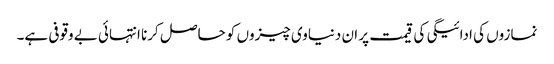
نمازوں کی ادائیگی کی قیمت پر ان دنیاوی چیزوں کو حاصل کرنا انتہائی بے وقوفی ہے۔